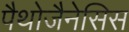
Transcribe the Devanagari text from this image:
पैथोजैनेसिस